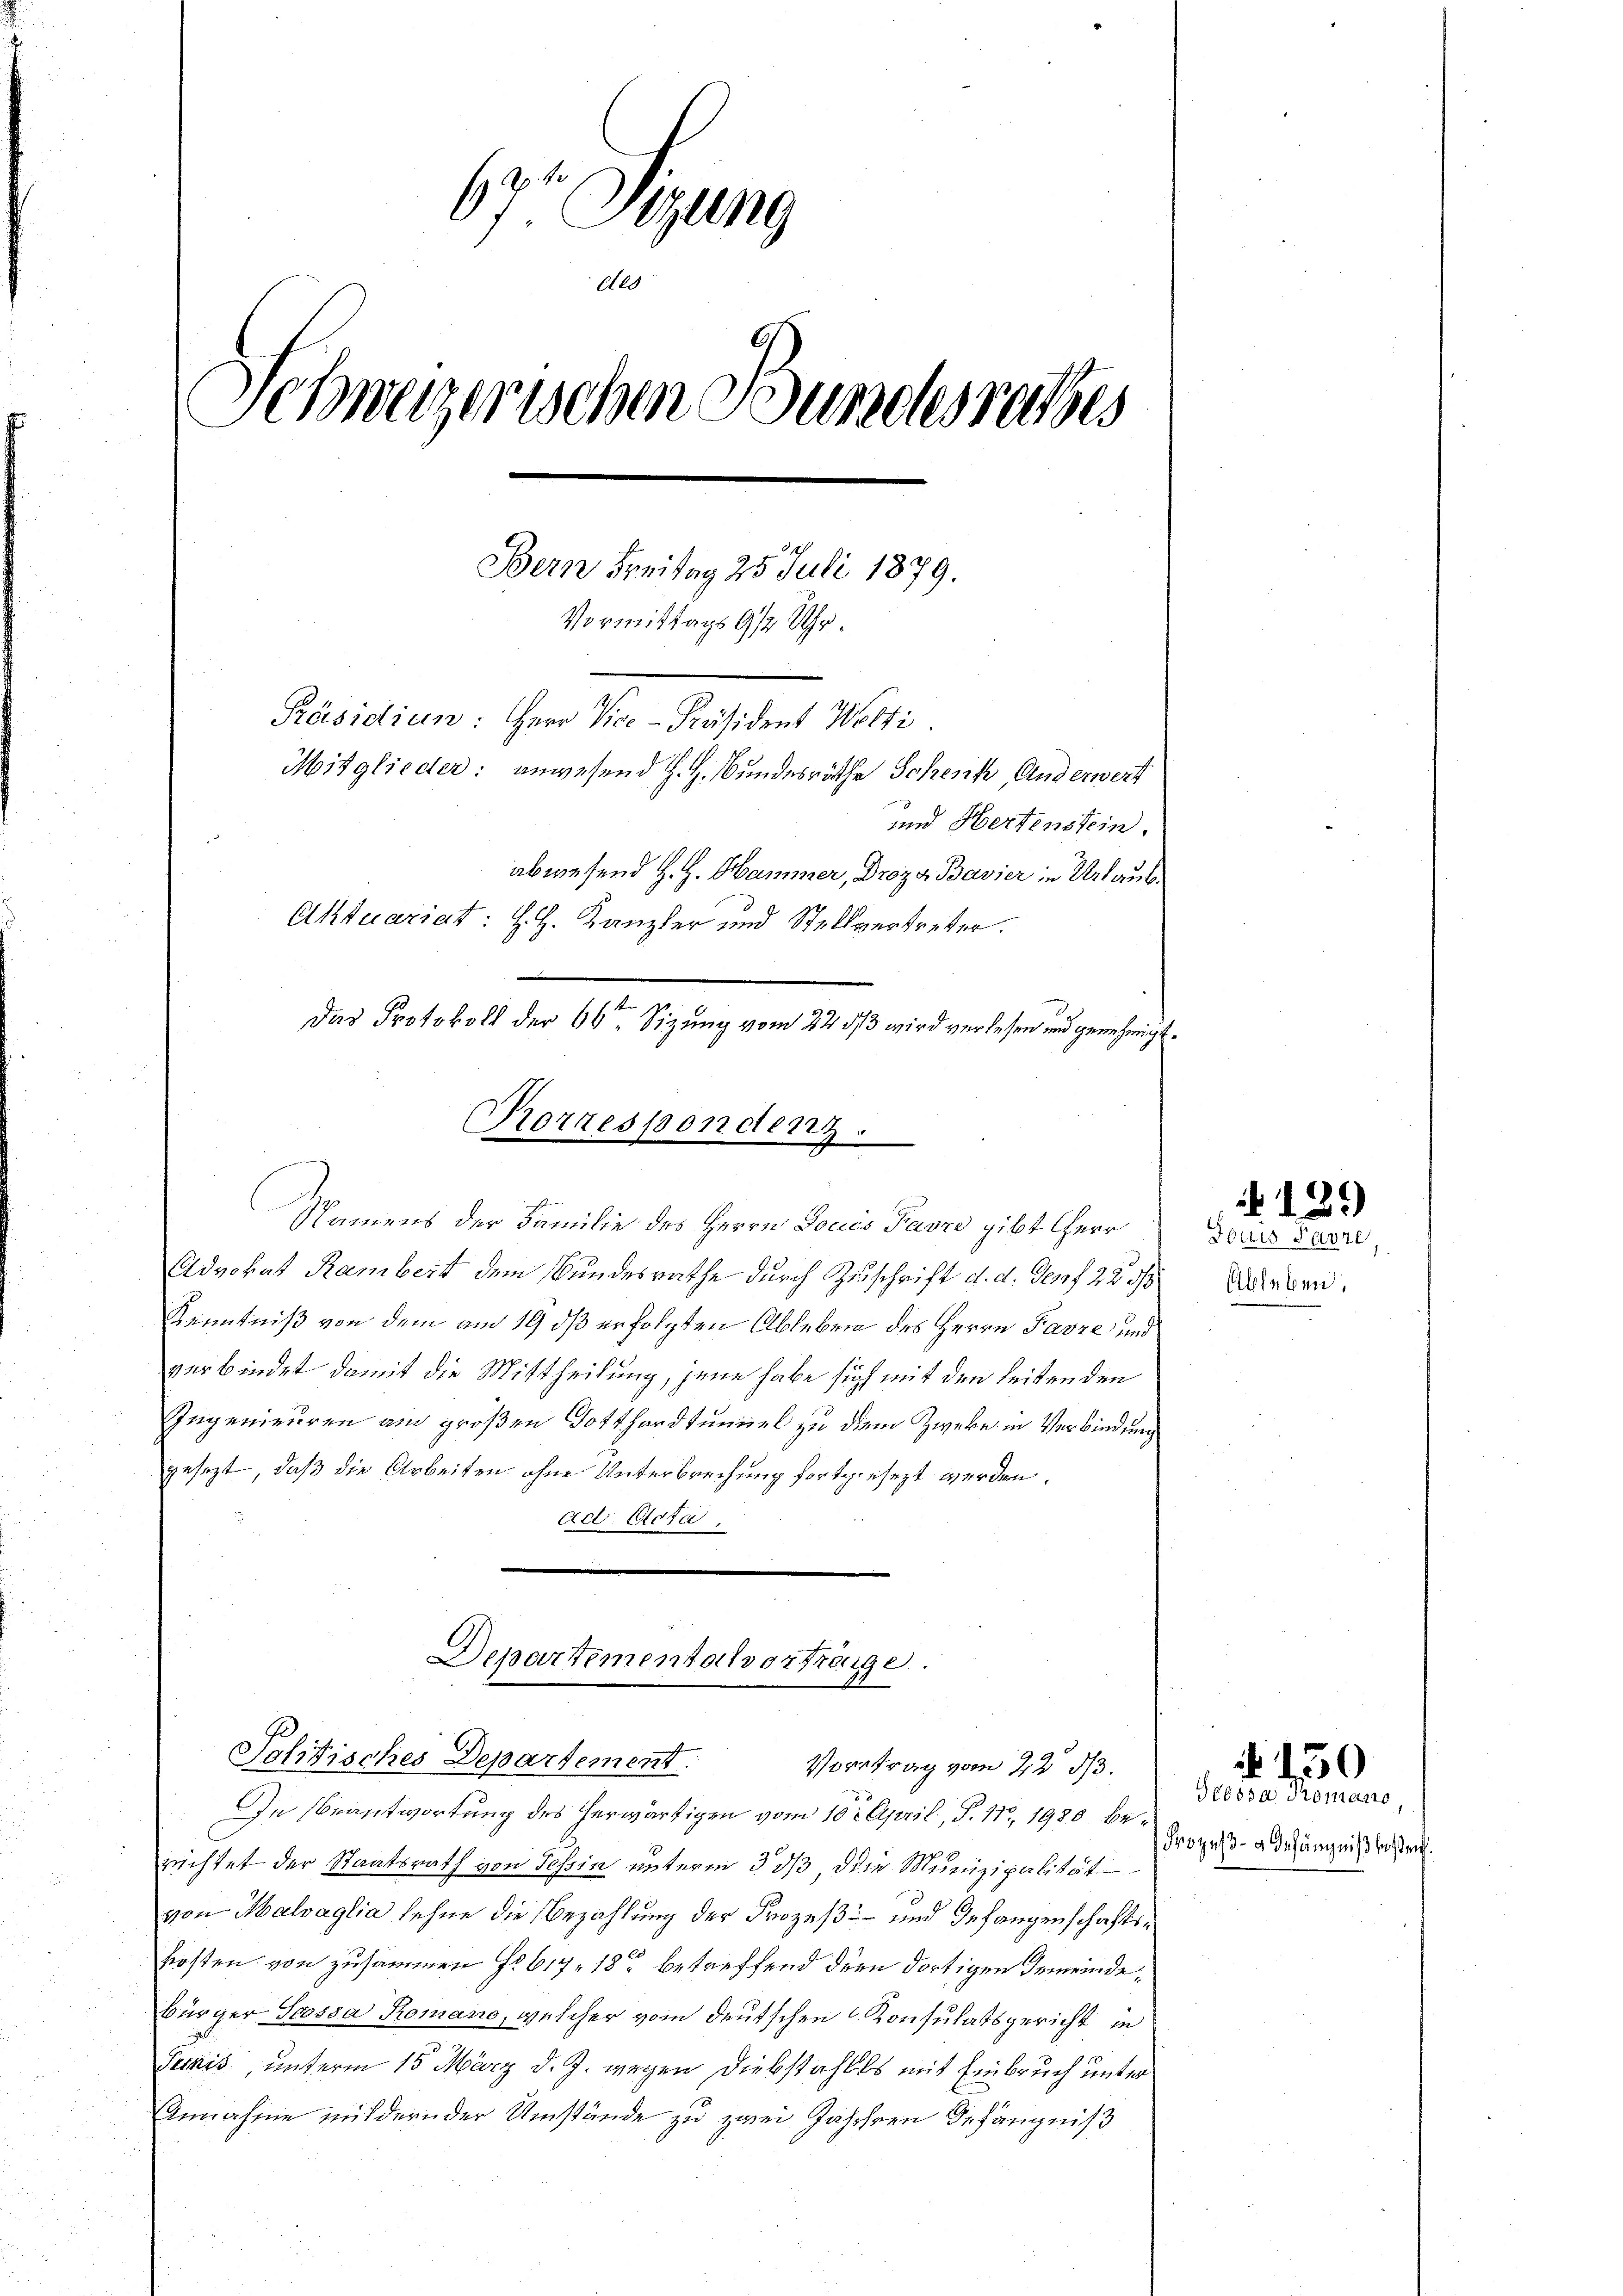
67. Sitzung
Ale
Schweizerischen Bundesrathes
Bern Freitag 25. Juli 1879.
Vormittags 9 Uhr.
Präsidiun: Herr Vice-Präsident Welti
Mitglieder: anwesend H. H. Bundesräthe Schenk, Anderwert
und Hertenstein.
abwesend H. H. Hammer, Drozo- Bavier in Urlaub¬
Aktuariat: H. H. Kanzler und Stellvertreter.
Das Protokoll der 66ten Sizung vom 22 1/3 wird verlesen und genehmigt.

Korrespondenz.

Departementalverträge.
Politisches Departement.

Namens der Familie des Herrn Douis Favre gibt Herr
Advokat Rambert dem Bundesrathe durch Zuschrift d. d. Genf 22 d
Kenntniß von dem am 19 dß erfolgten Ableben des Herrn Parze und
verbindet damit die Mittheilung, jene habe sich mit den leiten den
Ingenieuren am großen Gotthardtumiel zu dem Zweke in Verbindung
gesezt, daß die Arbeiten ohne Unterbrechung fortgesezt werden.
Act. Acta,

In Beantwortung des herwärtigen vom 10ten April, P. Nr. 1980 berichtet der Staatsrath von Tessin unterm 333, die Munizipalität
von Malvaglia sehne die Bezahlung der Prozeß und Gefangenschaftskosten von zusammen No 617. 18 betreffend der dortigen Gemeinde¬
Bürger Scossa Romano, welcher vom deutschen Konsulatsgericht in
Sumnis unterm 15. März d. J. wegen Diebstahles mit Einbruch unter
Annahme mildern der Umstände zu zwei Jahren Befängniß

Vortrag vom 22 1/3.

Fouris Parre
Ableben,

12.)

Grossa Tomano,
Prozess- & Gefängniß bestrich.

150